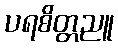
ပရစိတ္တညူ